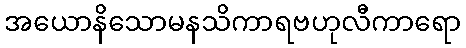
အယောနိသောမနသိကာရဗဟုလီကာရော